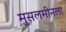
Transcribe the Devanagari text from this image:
मुसलमीनला